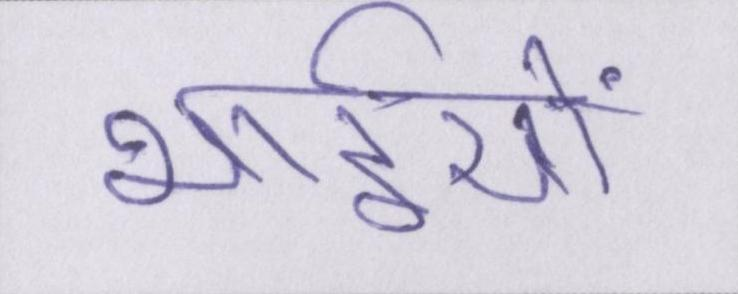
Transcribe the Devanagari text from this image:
भाईयों